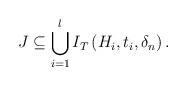
LaTeX: \begin{align*}{J}\subseteq\bigcup_{i=1}^l I_T\left(H_i,t_i,\delta_n\right).\end{align*}